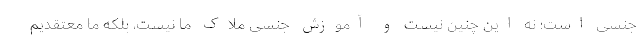
جنسی است؛ نه این چنین نیست و آموزش جنسی ملاک ما نیست، بلکه ما معتقدیم